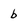
Character: b